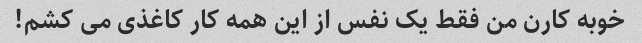
خوبه کارن من فقط یک نفس از این همه کار کاغذی می کشم!